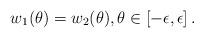
LaTeX: \begin{align*}w_1(\theta)=w_2(\theta), \theta\in [-\epsilon,\epsilon]\,.\end{align*}